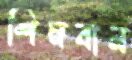
শিমবান